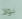
بولا